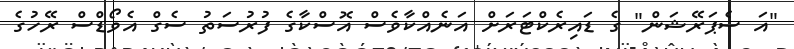
"އަ ސެޕަރޭޝަން" ގެ ޑައިރެކްޓަރަށް އަނެއްކާވެސް އޮސްކާގެ ފުރުސަތު ސެގް އެވޯޑްސް ރޭހުގެ